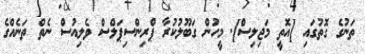
ތަނުގެ ގޮތުގައި [އޮތީ މަޖިލިސް]. މީހުން ގަބޫލުކުރާ ޕްރިންސިޕަލްސް ވެލިއުސް ނެތް ތަނެއްގެ